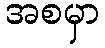
အစမှာ